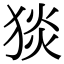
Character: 𤟇